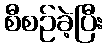
စီစဉ်ခဲ့ပြီး